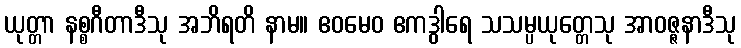
ယုတ္တာ နစ္စဂီတာဒီသု အဘိရတိ နာမ။ ဧဝမေဝ ဧကဒွါရေ သသမ္ပယုတ္တေသု အာဝဇ္ဇနာဒီသု